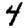
Digit: 4